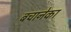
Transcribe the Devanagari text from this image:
बचानेका